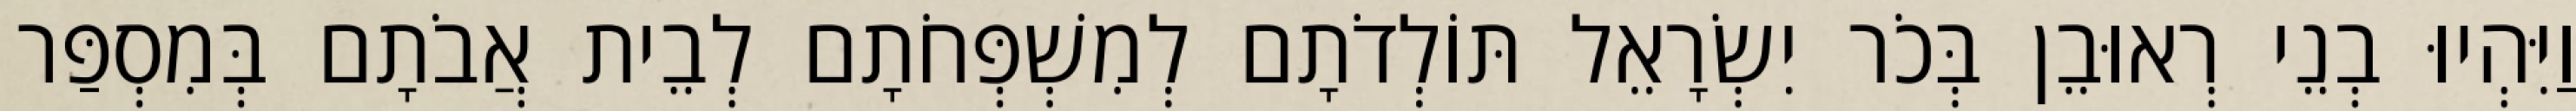
וַיִּהְיוּ בְנֵי רְאוּבֵן בְּכֹר יִשְׂרָאֵל תּוֹלְדֹתָם לְמִשְׁפְּחֹתָם לְבֵית אֲבֹתָם בְּמִסְפַּר